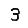
Digit: 3